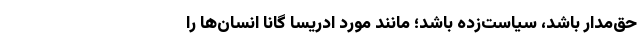
حق‌مدار باشد، سیاست‌زده باشد؛ مانند مورد ادریسا گانا انسان‌ها را